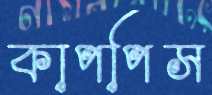
কাপপিস